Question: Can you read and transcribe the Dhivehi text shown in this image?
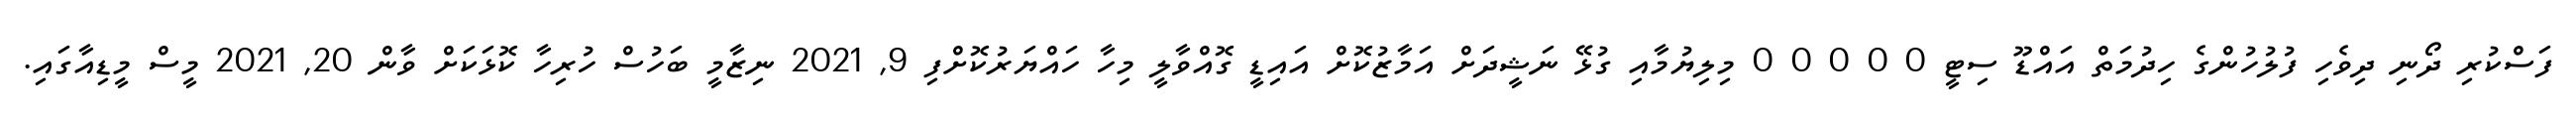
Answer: ފަސްކުރި ދޯނި ދިވެހި ފުލުހުންގެ ހިދުމަތް އައްޑޫ ސިޓީ 0 0 0 0 0 މިލިޔުމާއި ގުޅޭ ނަޝީދަށް އަމާޒުކޮށް އައިޑީ ގޮއްވާލީ މިހާ ހައްޔަރުކޮށްފި 9, 2021 ނިޒާމީ ބަހުސް ހުރިހާ ކޮޅަކަށް ވާން 20, 2021 މީސް މީޑިއާގައި.